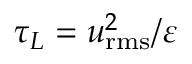
\tau _ { L } = u _ { \mathrm { r m s } } ^ { 2 } / \varepsilon